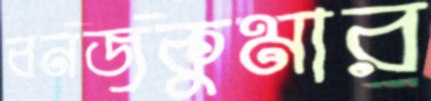
বনজকুমার